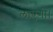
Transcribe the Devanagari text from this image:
लाएगी।